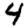
Digit: 4